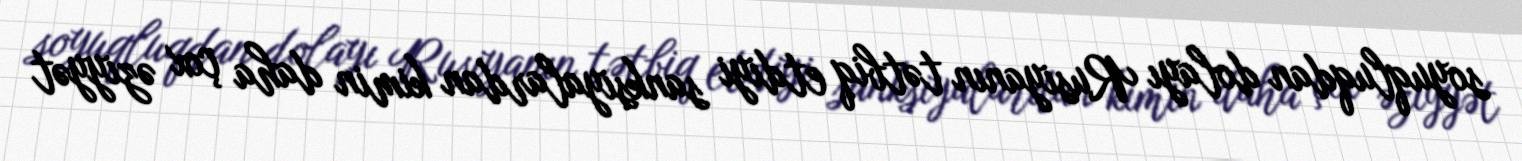
soyuqluqdan dolayı Rusiyanın tətbiq etdiyi sanksiyalardan kimin daha çox əziyyət